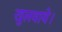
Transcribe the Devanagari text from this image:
खुलवाये।